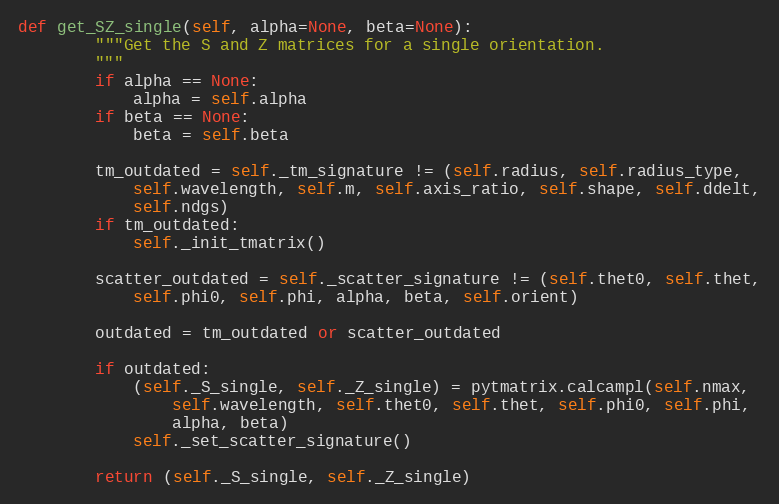
Language: Python
def get_SZ_single(self, alpha=None, beta=None):
        """Get the S and Z matrices for a single orientation.
        """
        if alpha == None:
            alpha = self.alpha
        if beta == None:
            beta = self.beta

        tm_outdated = self._tm_signature != (self.radius, self.radius_type,
            self.wavelength, self.m, self.axis_ratio, self.shape, self.ddelt,
            self.ndgs)
        if tm_outdated:
            self._init_tmatrix()

        scatter_outdated = self._scatter_signature != (self.thet0, self.thet,
            self.phi0, self.phi, alpha, beta, self.orient)

        outdated = tm_outdated or scatter_outdated

        if outdated:
            (self._S_single, self._Z_single) = pytmatrix.calcampl(self.nmax,
                self.wavelength, self.thet0, self.thet, self.phi0, self.phi,
                alpha, beta)
            self._set_scatter_signature()

        return (self._S_single, self._Z_single)